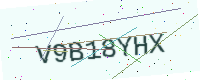
Text: V9B18YHX